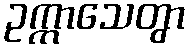
ဥက္ကာသေတွာ